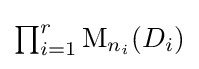
{\textstyle \prod _{i=1}^{r}\operatorname {M} _{n_{i}}(D_{i})}